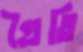
প্রৈতি